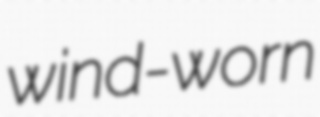
wind-worn